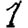
Digit: 1